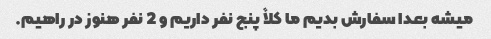
میشه بعدا سفارش بدیم ما کلاً پنج نفر داریم و 2 نفر هنوز در راهیم.